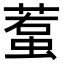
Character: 𧍷